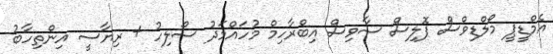
އެމްޑީޕީ މޯލްޑިވްސް ޕޮލިސް ސާވިސް އިބްރާހިމް މުހައްމަދު ސޯލިހު + ރިޔާސީ އިންތިހާބު